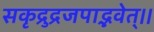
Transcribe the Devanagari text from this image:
सकृद्रुद्रजपाद्भवेत्।।